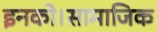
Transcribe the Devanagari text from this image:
इनको।सामाजिक